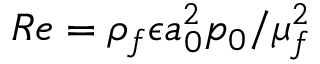
R e = { \rho _ { f } \epsilon a _ { 0 } ^ { 2 } p _ { 0 } } / { \mu _ { f } ^ { 2 } }